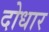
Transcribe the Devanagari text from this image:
दोधार